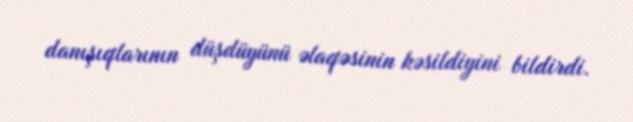
danışıqlarının düşdüyünü əlaqəsinin kəsildiyini bildirdi.